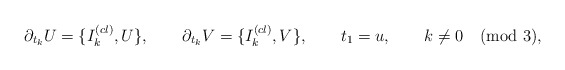
\begin{align*}\partial_{t_k} U = \{I^{(cl)}_k,U\},\qquad \partial_{t_k} V =\{I^{(cl)}_k,V\},\qquad t_1=u, \qquad k\not =0 \pmod 3,\end{align*}